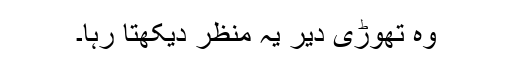
وہ تھوڑی دیر یہ منظر دیکھتا رہا۔